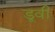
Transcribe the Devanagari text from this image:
डूवी